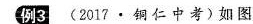
例3(2017·铜仁中考)如图